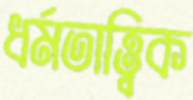
ধর্মতাত্ত্বিক